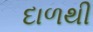
દાળથી